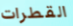
القطرات